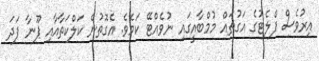
އިރުވެސް ފްލެޓުގެ އަގުތައް މުމްބާއީގައި ނުވެއްޓޭ ކަމެވެ. އެގޮތުން ކަލްކަތާއާއި ޕޫނާ ފަދަ